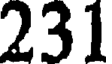
231